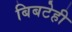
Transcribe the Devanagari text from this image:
बिबटेही